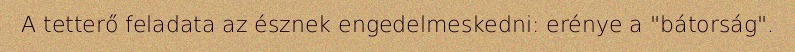
A tetterő feladata az észnek engedelmeskedni: erénye a "bátorság".